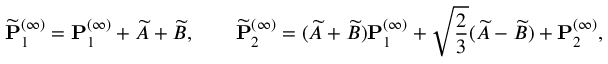
\widetilde { \mathbf { P } } _ { 1 } ^ { ( \infty ) } = \mathbf { P } _ { 1 } ^ { ( \infty ) } + \widetilde { A } + \widetilde { B } , \qquad \widetilde { \mathbf { P } } _ { 2 } ^ { ( \infty ) } = ( \widetilde { A } + \widetilde { B } ) \mathbf { P } _ { 1 } ^ { ( \infty ) } + \sqrt { \frac { 2 } { 3 } } ( \widetilde { A } - \widetilde { B } ) + \mathbf { P } _ { 2 } ^ { ( \infty ) } ,